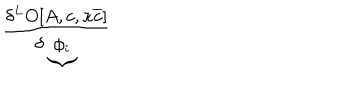
\frac { \delta ^ { L } O [ A , c , \kappa \overline { { { c } } } ] } { \delta \underbrace { \phi _ { i } } }